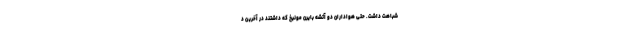
شباهت داشت. حتی هواداران دو آتشه بایرن مونیخ که داشتند در آخرین د